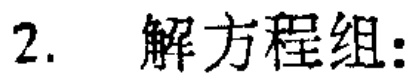
2. 解方程组: